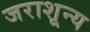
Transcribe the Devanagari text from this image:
जराशून्य